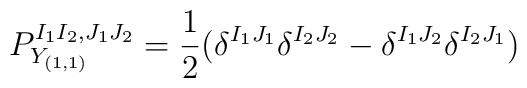
P_{Y_{(1,1)}}^{I_1 I_2, J_1 J_2} = \frac{1}{2}(\delta^{I_1 J_1} \delta^{I_2 J_2} - \delta^{I_1 J_2} \delta^{I_2 J_1})